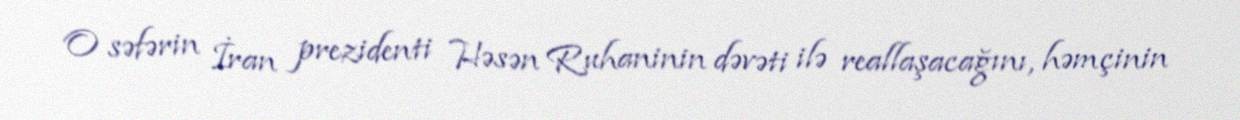
O səfərin İran prezidenti Həsən Ruhaninin dəvəti ilə reallaşacağını, həmçinin